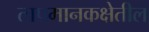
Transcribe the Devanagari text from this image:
तापमानकक्षेतील